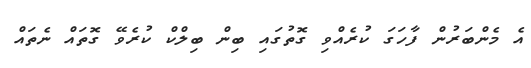
އެ މެންބަރުން ފާހަގަ ކުރެއްވި ގޮތުގައި ބިން ބިލްކް ކުރެވޭ ގޮތައް ނެތައް